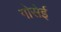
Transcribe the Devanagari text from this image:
गोसेई